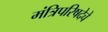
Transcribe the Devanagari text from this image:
मंत्रिपरिषदेचे